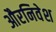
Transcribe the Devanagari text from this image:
औरनिवेश